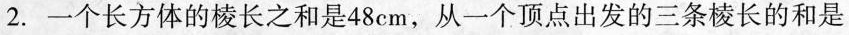
2.一个长方体的棱长之和是48cm，从一个顶点出发的三条棱长的和是